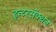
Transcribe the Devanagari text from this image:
इन्टरसॅक्शन